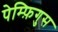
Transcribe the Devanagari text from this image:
पेम्फ़िगुस